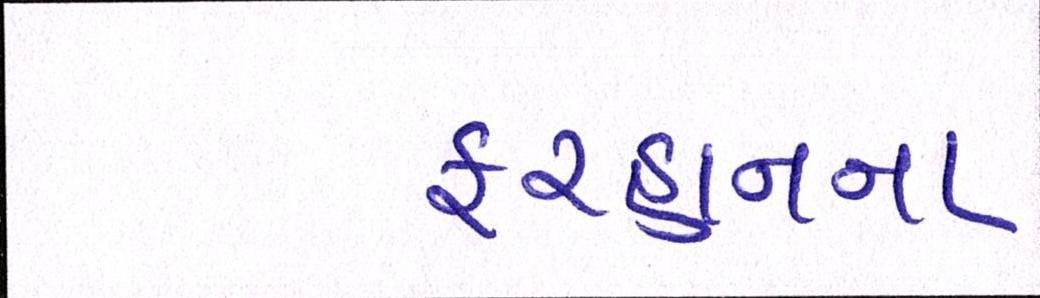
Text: ફરહાનના